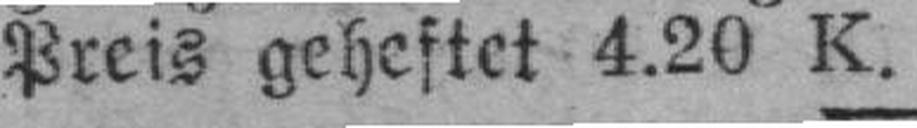
Preis geheftet 4.20 K.